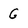
Character: G